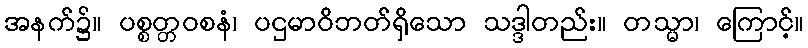
အနက်၌။ ပစ္စတ္တဝစနံ၊ ပဌမာဝိဘတ်ရှိသော သဒ္ဒါတည်း။ တသ္မာ၊ ကြောင့်။